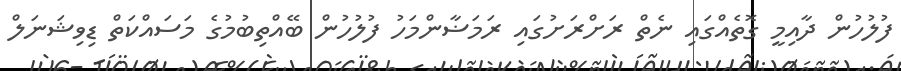
ފުލުހުން ދާއިމީ ގޮތެއްގައި ނެތް ރަށްރަށުގައި ރަމަޟާންމަހު ފުލުހުން ބޭއްތިބުމުގެ މަސައްކަތް ޑިވިޝަނަލް